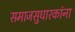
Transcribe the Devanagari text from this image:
समाजसुधारकांना